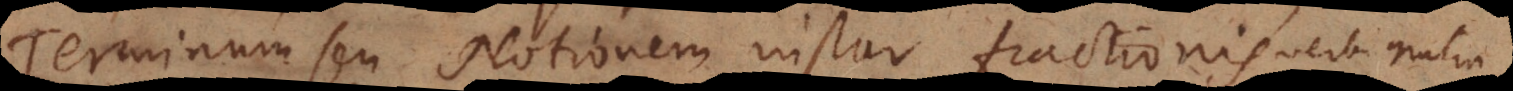
Terminum seu Notionem instar fractionis verbi gratia